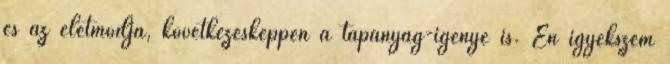
és az életmódja, következésképpen a tápanyag-igénye is. Én igyekszem